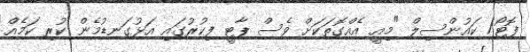
ފޮޓޯ/ ކައުންސިލް "މިއީ އެއްގޮތަކަށް ވެސް ޕާޓީ ފިކުރުގައި އަޅުގަނޑުމެން ކުރި ކަމެއް